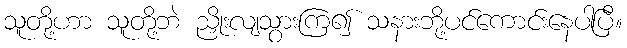
သူတို့ဟာ သူတို့ဘဲ ညှိုးလျသွားကြ၍ သနားဘို့ပင်ကောင်းနေပါပြီ။